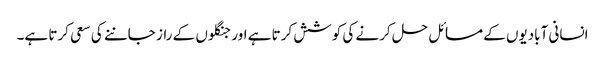
انسانی آبادیوں کے مسائل حل کرنے کی کوشش کرتا ہے اور جنگلوں کے راز جاننے کی سعی کرتا ہے۔